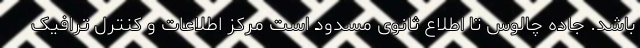
باشد. جاده چالوس تا اطلاع ثانوی مسدود است مرکز اطلاعات و کنترل ترافیک